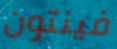
فينتون